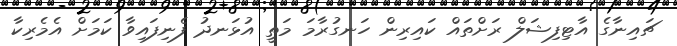
ޗައިނާގެ އާޓިފިޝަލް ރަށްތައް ކައިރިން ހަނގުރާމަ މަތީ އުޅަނދު ފެނިފައިވާ ކަމަށް އެމެރިކާ